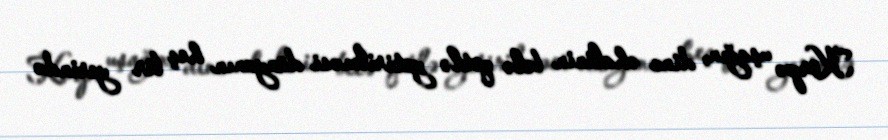
Körpə uşağın, dinc əhalinin belə qətlə yetirilməsi dünyanın heç bir yerində